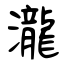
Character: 瀧